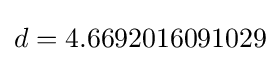
d=4.6692016091029